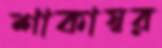
শাকাস্বর